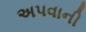
અપવાની